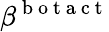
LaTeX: \beta^{\mathrm{~b~o~t~a~c~t~}}